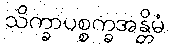
သိက္ခာပစ္စက္ခအန္တိမံ